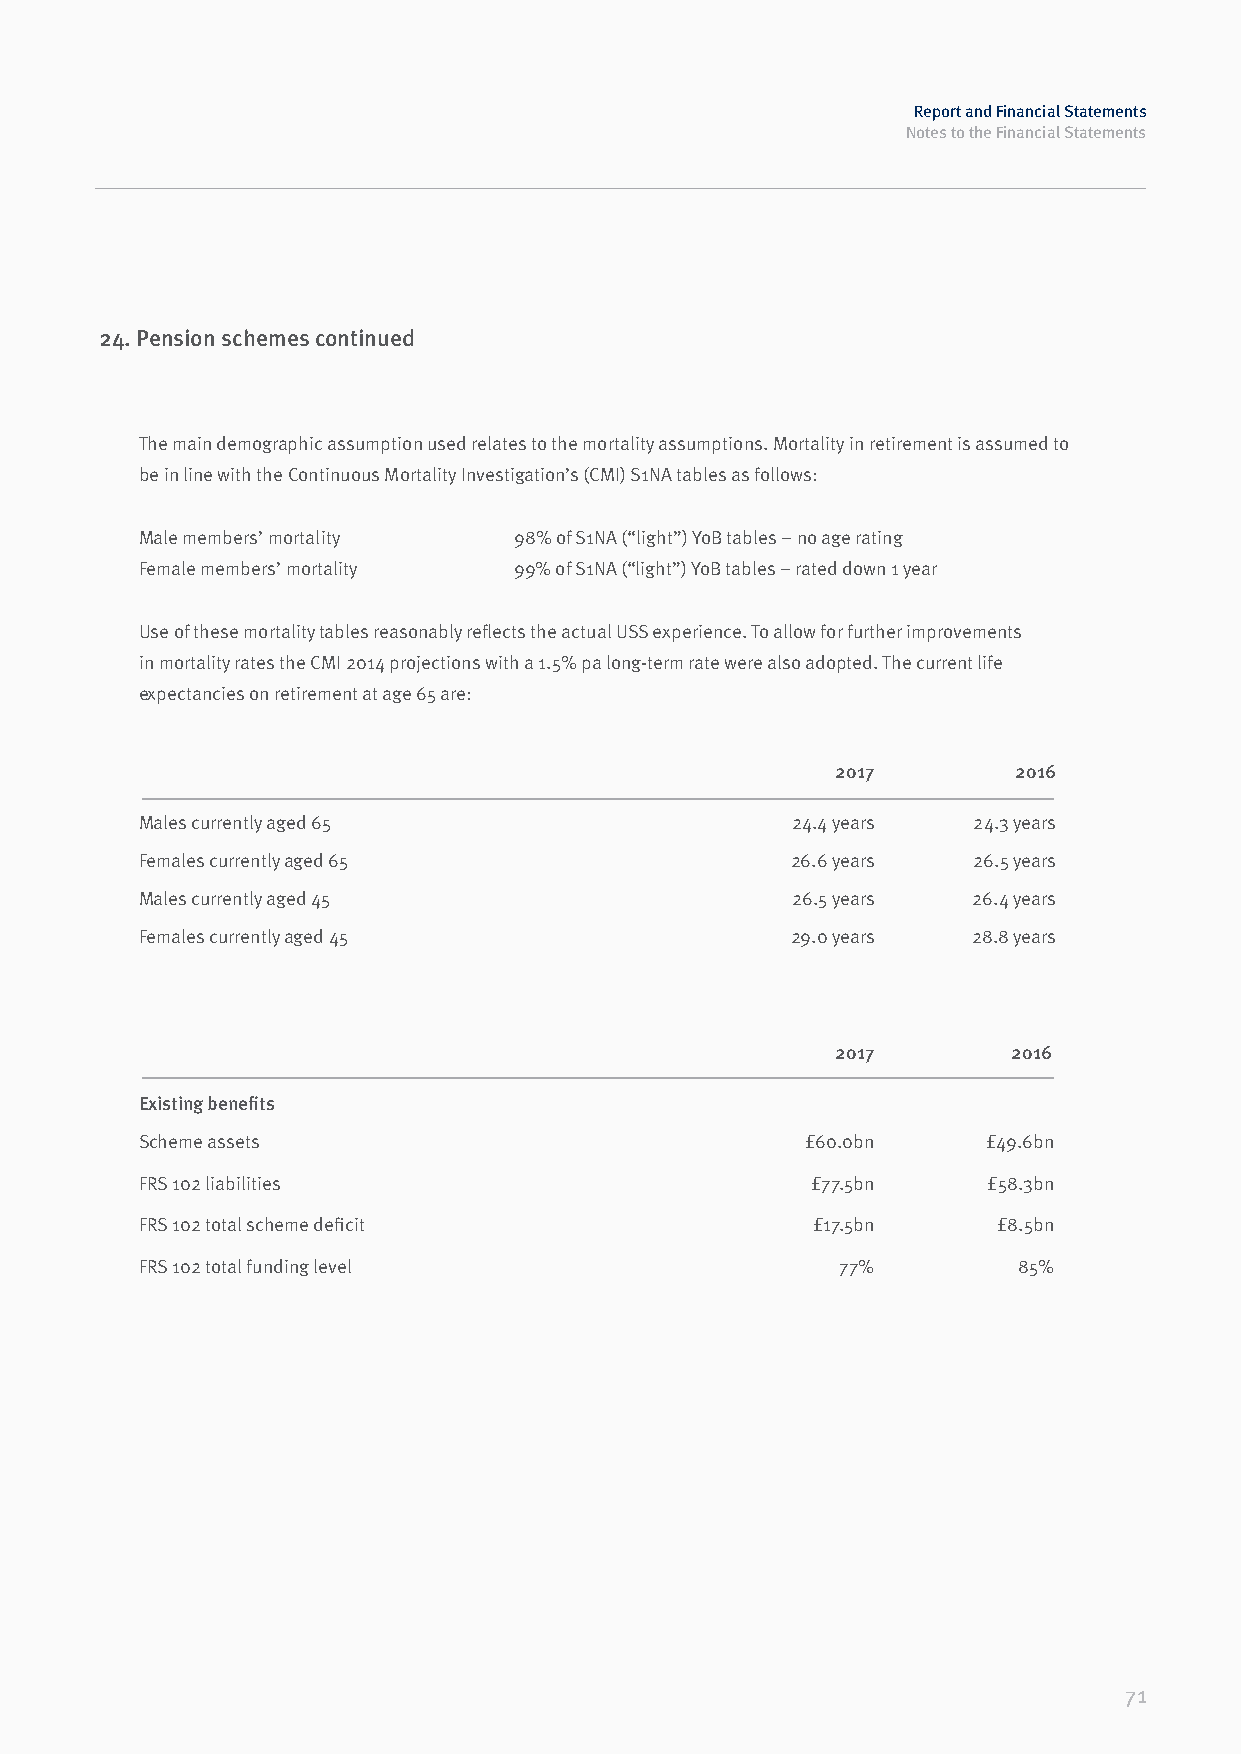
Report and Financial Statements
 Notes to the Financial Statements
 24. Pension schemes continued
 The main demographic assumption used relates to the mortality assumptions. Mortality in retirement is assumed to
 be in line with the Continuous Mortality Investigation’s (CMI) S1NA tables as follows:
 Male members’ mortality  98% of S1NA (“light”) YoB tables – no age rating
 Female members’ mortality 99% of S1NA (“light”) YoB tables – rated down 1 year
 Use of these mortality tables reasonably reflects the actual USS experience. To allow for further improvements
 in mortality rates the CMI 2014 projections with a 1.5% pa long-term rate were also adopted. The current life
 expectancies on retirement at age 65 are:
 2017        2016
 Males currently aged 65                    24.4 years  24.3 years
 Females currently aged 65                  26.6 years  26.5 years
 Males currently aged 45                    26.5 years  26.4 years
 Females currently aged 45                  29.0 years  28.8 years
 2017        2016
 Existing benefits
 Scheme assets                               £60.0bn     £49.6bn
 FRS 102 liabilities                          £77.5bn    £58.3bn
 FRS 102 total scheme deficit                 £17.5bn     £8.5bn
 FRS 102 total funding level                    77%        85%
 71